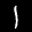
Label: 1